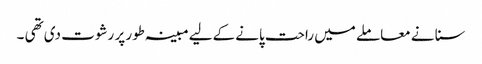
سنا نے معاملے میں راحت پانے کےلیے مبینہ طور پر رشوت دی تھی ۔